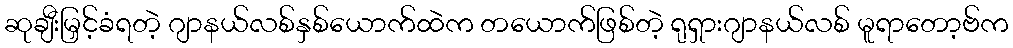
ဆုချီးမြှင့်ခံရတဲ့ ဂျာနယ်လစ်နှစ်ယောက်ထဲက တယောက်ဖြစ်တဲ့ ရုရှားဂျာနယ်လစ် မူရာတော့ဗ်က